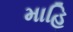
માહિ